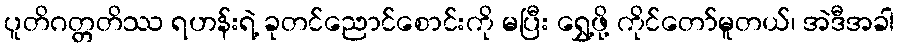
ပူတိဂတ္တတိဿ ရဟန်းရဲ့ ခုတင်ညောင်စောင်းကို မပြီး ရွှေ့ဖို့ ကိုင်တော်မူတယ်၊ အဲဒီအခါ